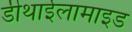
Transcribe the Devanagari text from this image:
डीथाईलामाइड